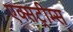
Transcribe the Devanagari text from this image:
एक्सट्रीम्स